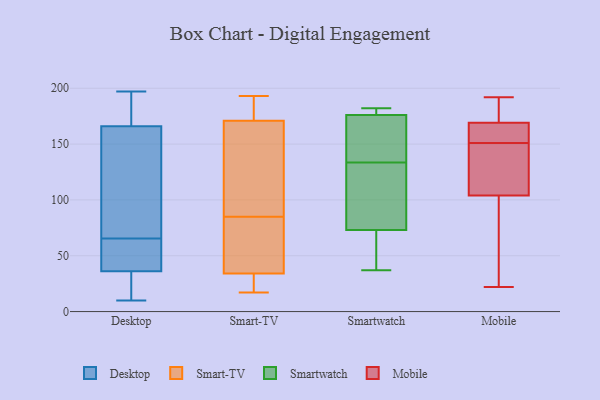
{"axis": {"x": "Conversion Rate (%)", "y": "Value"}, "legend": ["Desktop", "Mobile", "Smart-TV", "Smartwatch"], "data": [{"x": "", "y": 13, "type": "Desktop"}, {"x": "", "y": 67, "type": "Desktop"}, {"x": "", "y": 57, "type": "Desktop"}, {"x": "", "y": 197, "type": "Desktop"}, {"x": "", "y": 64, "type": "Desktop"}, {"x": "", "y": 24, "type": "Desktop"}, {"x": "", "y": 36, "type": "Desktop"}, {"x": "", "y": 59, "type": "Desktop"}, {"x": "", "y": 166, "type": "Desktop"}, {"x": "", "y": 180, "type": "Desktop"}, {"x": "", "y": 144, "type": "Desktop"}, {"x": "", "y": 186, "type": "Desktop"}, {"x": "", "y": 10, "type": "Desktop"}, {"x": "", "y": 87, "type": "Desktop"}, {"x": "", "y": 191, "type": "Smart-TV"}, {"x": "", "y": 76, "type": "Smart-TV"}, {"x": "", "y": 17, "type": "Smart-TV"}, {"x": "", "y": 112, "type": "Smart-TV"}, {"x": "", "y": 19, "type": "Smart-TV"}, {"x": "", "y": 171, "type": "Smart-TV"}, {"x": "", "y": 39, "type": "Smart-TV"}, {"x": "", "y": 94, "type": "Smart-TV"}, {"x": "", "y": 34, "type": "Smart-TV"}, {"x": "", "y": 193, "type": "Smart-TV"}, {"x": "", "y": 166, "type": "Smartwatch"}, {"x": "", "y": 138, "type": "Smartwatch"}, {"x": "", "y": 182, "type": "Smartwatch"}, {"x": "", "y": 122, "type": "Smartwatch"}, {"x": "", "y": 37, "type": "Smartwatch"}, {"x": "", "y": 129, "type": "Smartwatch"}, {"x": "", "y": 179, "type": "Smartwatch"}, {"x": "", "y": 73, "type": "Smartwatch"}, {"x": "", "y": 38, "type": "Smartwatch"}, {"x": "", "y": 176, "type": "Smartwatch"}, {"x": "", "y": 146, "type": "Mobile"}, {"x": "", "y": 188, "type": "Mobile"}, {"x": "", "y": 165, "type": "Mobile"}, {"x": "", "y": 104, "type": "Mobile"}, {"x": "", "y": 53, "type": "Mobile"}, {"x": "", "y": 166, "type": "Mobile"}, {"x": "", "y": 92, "type": "Mobile"}, {"x": "", "y": 103, "type": "Mobile"}, {"x": "", "y": 189, "type": "Mobile"}, {"x": "", "y": 146, "type": "Mobile"}, {"x": "", "y": 169, "type": "Mobile"}, {"x": "", "y": 183, "type": "Mobile"}, {"x": "", "y": 132, "type": "Mobile"}, {"x": "", "y": 192, "type": "Mobile"}, {"x": "", "y": 156, "type": "Mobile"}, {"x": "", "y": 141, "type": "Mobile"}, {"x": "", "y": 22, "type": "Mobile"}, {"x": "", "y": 156, "type": "Mobile"}]}